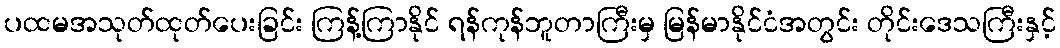
ပထမအသုတ်ထုတ်ပေးခြင်း ကြန့်ကြာနိုင် ရန်ကုန်ဘူတာကြီးမှ မြန်မာနိုင်ငံအတွင်း တိုင်းဒေသကြီးနှင့်